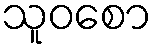
သူဝစော